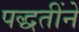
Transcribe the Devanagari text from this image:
पद्धतींने